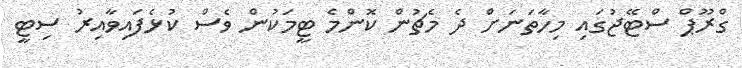
ގްރޫޕް ސްޓޭޖުގައި މިހާތަނަށް ދެ މެޗުން ކޮންމެ ޓީމަކުން ވެސް ކުޅެފައިވާއިރު ސިޓީ